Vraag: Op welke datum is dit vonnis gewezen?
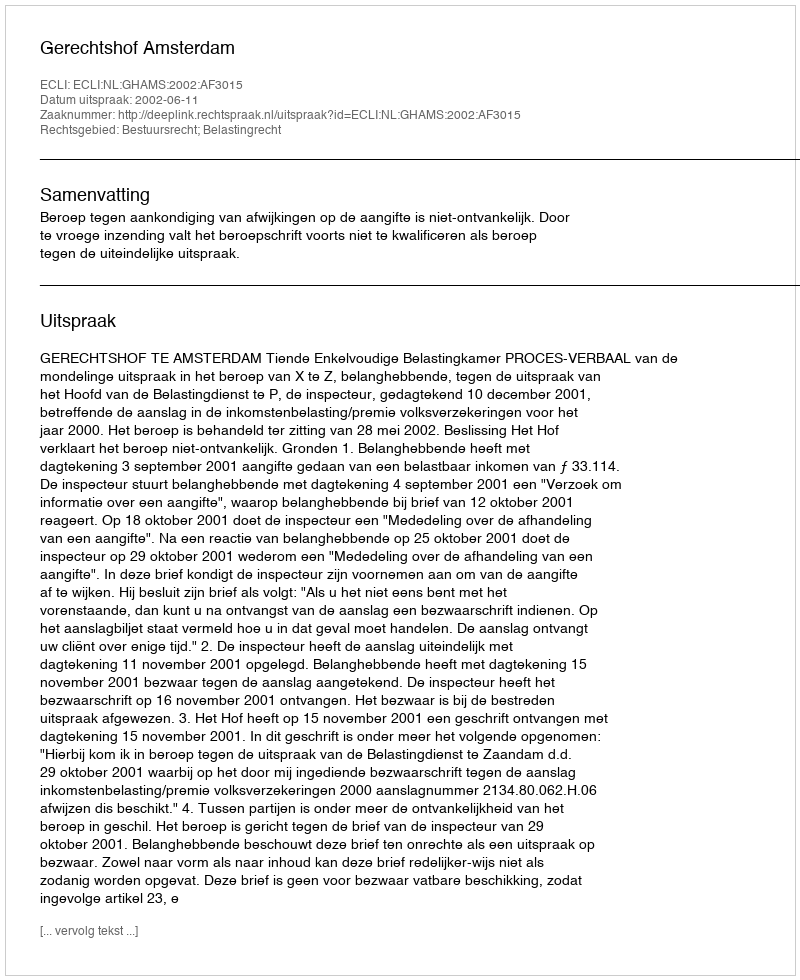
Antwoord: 2002-06-11